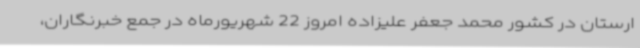
ارستان در کشور محمد جعفر علیزاده امروز 22 شهریورماه در جمع خبرنگاران،